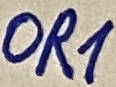
Text: OR1